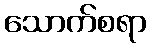
သောက်စရာ